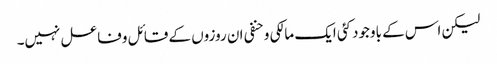
لیکن اس کے باوجودکئی ایک مالکی وحنفی ان روزوں کے قائل وفاعل نہیں۔